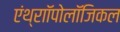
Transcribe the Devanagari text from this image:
एंथ्राॉपोलॉजिकल